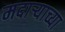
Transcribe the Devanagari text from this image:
मदाऱ्याच्या